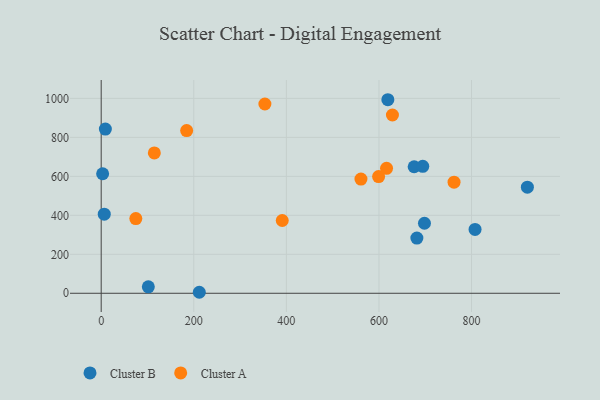
{"axis": {"x": "Study Hours", "y": "Profit"}, "legend": ["Cluster A", "Cluster B"], "data": [{"x": "807.6", "y": 327.7, "type": "Cluster B"}, {"x": "676.0", "y": 649.2, "type": "Cluster B"}, {"x": "681.9", "y": 283.4, "type": "Cluster B"}, {"x": "211.9", "y": 5.1, "type": "Cluster B"}, {"x": "9.0", "y": 842.4, "type": "Cluster B"}, {"x": "694.6", "y": 651.2, "type": "Cluster B"}, {"x": "3.1", "y": 613.4, "type": "Cluster B"}, {"x": "101.8", "y": 33.1, "type": "Cluster B"}, {"x": "6.6", "y": 405.8, "type": "Cluster B"}, {"x": "920.6", "y": 544.6, "type": "Cluster B"}, {"x": "619.2", "y": 993.2, "type": "Cluster B"}, {"x": "698.3", "y": 359.2, "type": "Cluster B"}, {"x": "629.1", "y": 914.7, "type": "Cluster A"}, {"x": "599.2", "y": 599.0, "type": "Cluster A"}, {"x": "353.6", "y": 971.3, "type": "Cluster A"}, {"x": "184.6", "y": 834.7, "type": "Cluster A"}, {"x": "561.1", "y": 585.9, "type": "Cluster A"}, {"x": "114.8", "y": 720.2, "type": "Cluster A"}, {"x": "391.1", "y": 373.3, "type": "Cluster A"}, {"x": "74.8", "y": 383.4, "type": "Cluster A"}, {"x": "762.2", "y": 570.2, "type": "Cluster A"}, {"x": "616.4", "y": 641.2, "type": "Cluster A"}]}